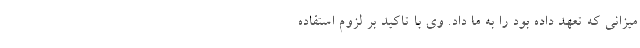
میزانی که تعهد داده بود را به ما داد. وی با تاکید بر لزوم استفاده